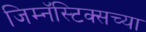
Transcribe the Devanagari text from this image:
जिम्नॅस्टिक्सच्या